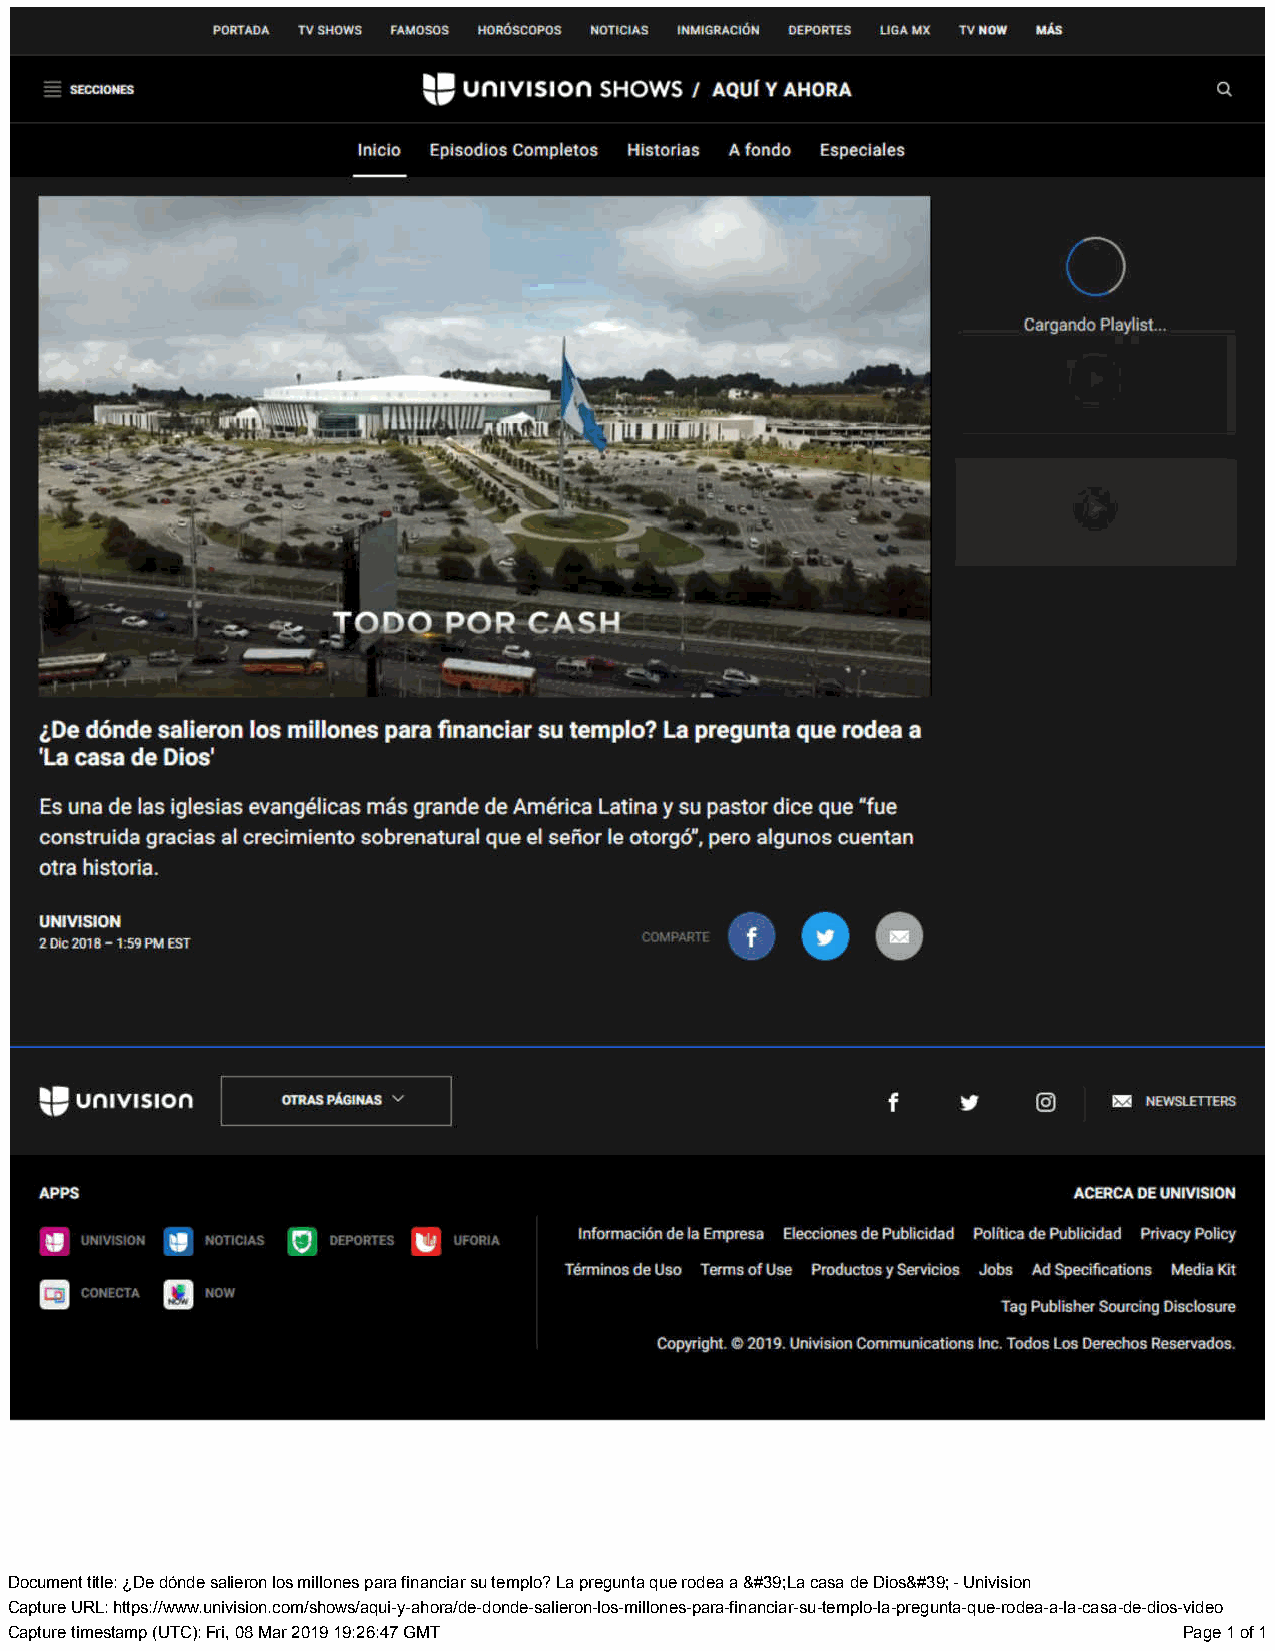
Document title: ¿De dónde salieron los millones para financiar su templo? La pregunta que rodea a &#39;La casa de Dios&#39; - Univision
 Capture URL: https://www.univision.com/shows/aqui-y-ahora/de-donde-salieron-los-millones-para-financiar-su-templo-la-pregunta-que-rodea-a-la-casa-de-dios-video
 Capture timestamp (UTC): Fri, 08 Mar 2019 19:26:47 GMT                        Page 1 of 1